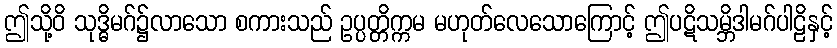
ဤသို့ဝိ သုဒ္ဓိမဂ်၌လာသော စကားသည် ဥပ္ပတ္တိက္ကမ မဟုတ်လေသောကြောင့် ဤပဋိသမ္ဘိဒါမဂ်ပါဠိနှင့်